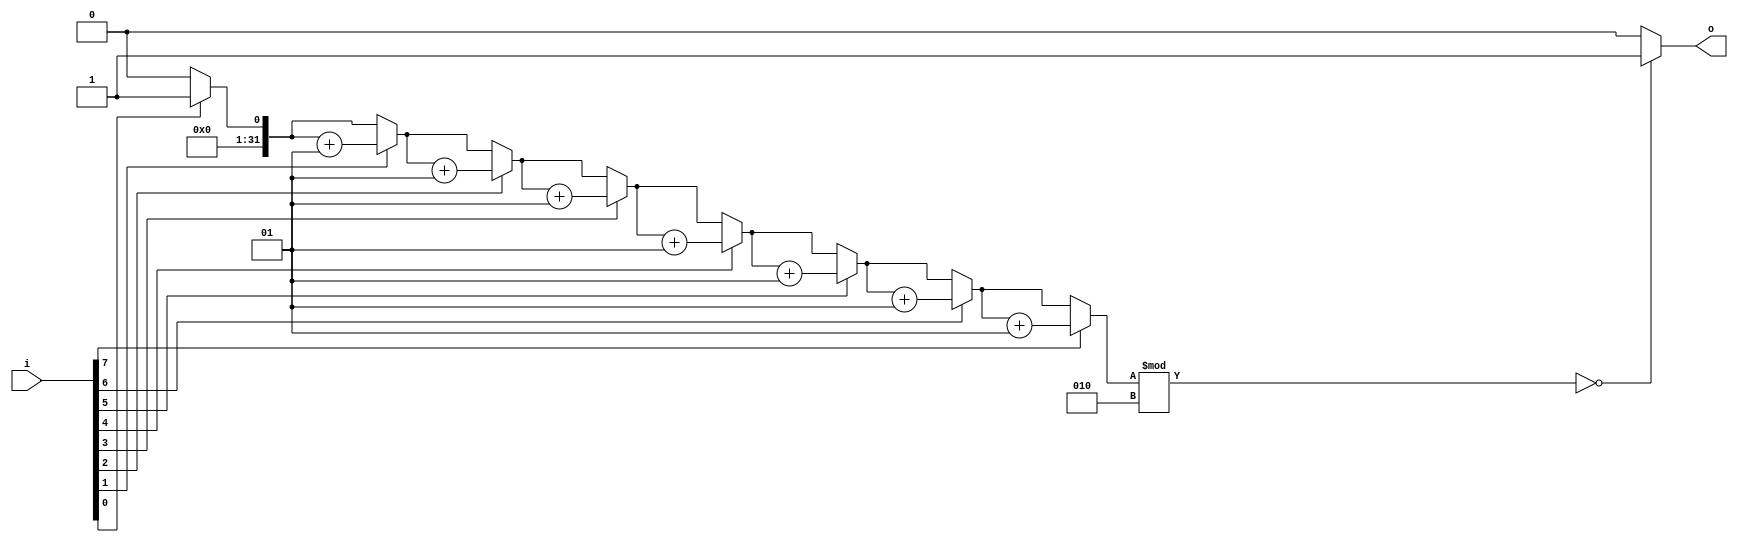
module rep7(i,o);
	input [7:0]i;
	output reg o;
	integer c=0;
	integer u=0;
	always@(i) begin 
			c=0;
			for(u=0; u<=7; u=u+1)
			begin 
				if(i[u]==1)
				c=c+1;
			end
			if(c%2==0) begin
				o=1;
				$display("even parity correct");
			end
			else begin
				o=0;
				$display("even parity incorrect");
			end
	end
endmodule